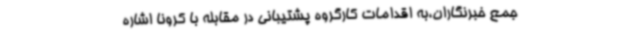
جمع خبرنگاران،به اقدامات کارگروه پشتیبانی در مقابله با کرونا اشاره